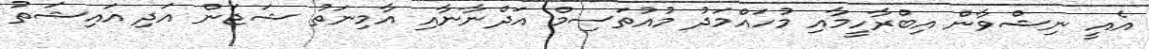
އެއީ ނިޝްވާން އިބްރާހީމާއި މުހައްމަދު މުއުތަސިމް އަދްނާނާއި އާމިނަތު ޝަޖަން އަދި އައިޝަތު